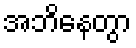
အဘိနေတွာ